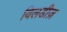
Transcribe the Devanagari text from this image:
यिलडीज़